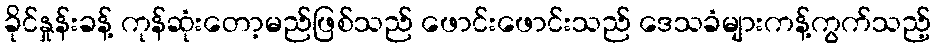
ခိုင်နှုန်းခန့် ကုန်ဆုံးတော့မည်ဖြစ်သည် ဖောင်းဖောင်းသည် ဒေသခံများကန့်ကွက်သည့်